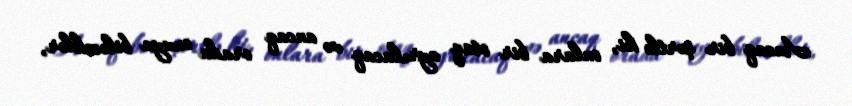
Ancaq bir şərtlə ki, onlara bir otaq ayrılacaq və ancaq orada oxuya biləcəklər,